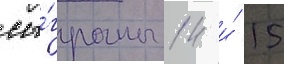
сы́граны 14 и́ 15